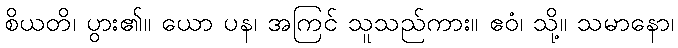
စိယတိ၊ ပွား၏။ ယော ပန၊ အကြင် သူသည်ကား။ ဧဝံ၊ သို့။ သမာနော၊